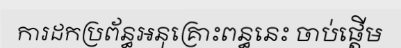
ការដកប្រព័ន្ធអនុគ្រោះពន្ធនេះ ចាប់ផ្តើម